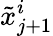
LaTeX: \tilde{x}_{j+1}^{i}